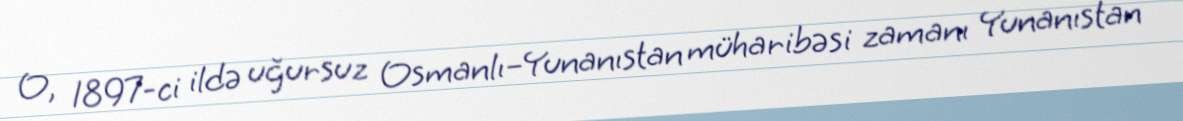
O, 1897-ci ildə uğursuz Osmanlı–Yunanıstan müharibəsi zamanı Yunanıstan